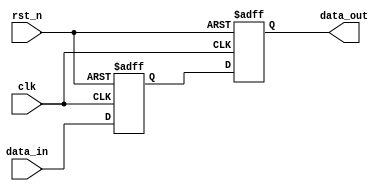
// -------------------------------------------------------
// Copyright (c) 2017 Cadence Design Systems, Inc.
//
// All rights reserved.
//
// Cadence Design Systems Proprietary and Confidential.
// -------------------------------------------------------

module ndff_sync (
    input       clk,
    input       rst_n,
    input       data_in,
    output      data_out
);

reg data_meta,data_sync;

always @ (posedge clk,negedge rst_n)
    if (~rst_n) begin
        data_meta <= 1'b0;
        data_sync <= 1'b0;
    end
    else begin
        data_meta <= data_in;
        data_sync <= data_meta;
    end
assign data_out = data_sync;
endmodule